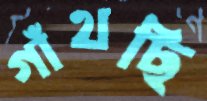
গাঁথছি